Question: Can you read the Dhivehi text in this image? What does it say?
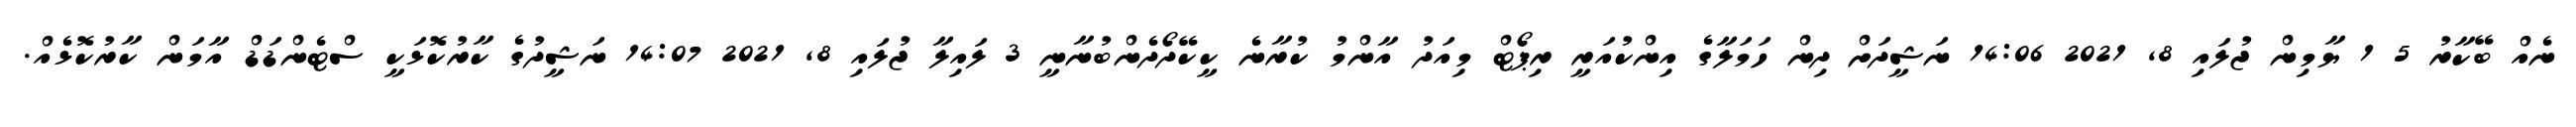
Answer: ނެއް ބޭކާރު 5 1 ޔާމިން ޖުލައި 8, 2021 14:06 ނަޝީދަށް ދިން ހަމަލާގެ އިންކުއަރީ ރިޕޯޓް މިއަދު އާންމު ކުރާނެ ކީކޭދޯދެންބުނާނީ 3 ލައިލާ ޖުލައި 8, 2021 14:07 ނަޝީދުގެ ކާރުކޮޅަކީ ސްޓެންޑަޑް އާމަން ކާރުކޮޅެއް.